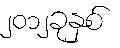
၂၀၁၂ခုနှစ်